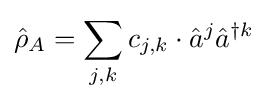
{\hat {\rho }}_{A}=\sum _{j,k}c_{j,k}\cdot {\hat {a}}^{j}{\hat {a}}^{\dagger k}